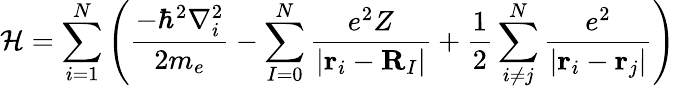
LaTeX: {\mathcal{H}}=\sum_{i=1}^{N}\left({\frac{-\hbar^{2}\nabla_{i}^{2}}{2m_{e}}}-\sum_{I=0}^{N}{\frac{e^{2}Z}{\left|\mathbf{r}_{i}-\mathbf{R}_{I}\right|}}+{\frac{1}{2}}\sum_{i\neq j}^{N}{\frac{e^{2}}{\left|\mathbf{r}_{i}-\mathbf{r}_{j}\right|}}\right)